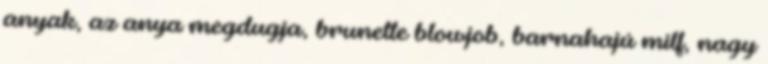
anyak, az anya megdugja, brunette blowjob, barnahajú milf, nagy